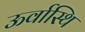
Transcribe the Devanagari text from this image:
ऊर्वास्थि